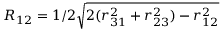
R _ { 1 2 } = 1 / 2 \sqrt { 2 ( r _ { 3 1 } ^ { 2 } + r _ { 2 3 } ^ { 2 } ) - r _ { 1 2 } ^ { 2 } }